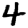
Digit: 4